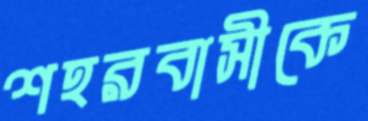
শহরবাসীকে